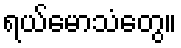
ရယ်မောသံတွေ။